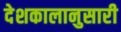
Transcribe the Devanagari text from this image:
देशकालानुसारी